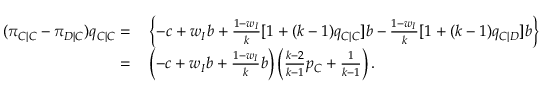
\begin{array} { r l } { ( \pi _ { C | C } - \pi _ { D | C } ) q _ { C | C } = } & { { } \left\{ - c + w _ { I } b + \frac { 1 - w _ { I } } { k } [ 1 + ( k - 1 ) q _ { C | C } ] b - \frac { 1 - w _ { I } } { k } [ 1 + ( k - 1 ) q _ { C | D } ] b \right\} } \\ { = } & { { } \left( - c + w _ { I } b + \frac { 1 - w _ { I } } { k } b \right) \left( \frac { k - 2 } { k - 1 } p _ { C } + \frac { 1 } { k - 1 } \right) . } \end{array}